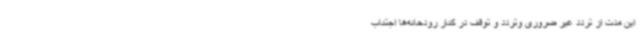
این مدت از تردد غیر ضروری وتردد و توقف در کنار رودخانه‌ها اجتناب